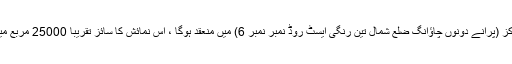
بیجنگ ہیلتھ اینڈ کاسمیٹک ایکسپو چین کے بین الاقوامی نمائش مرکز (پرانے دونوں چاؤانگ ضلع شمال تین رنگی ایسٹ روڈ نمبر نمبر 6) میں منعقد ہوگا ، اس نمائش کا سائز تقریبا 25000 مربع میٹر ، بڑے چار پویلین کے لئے ایک مثالی پلیٹ فارم مہیا کرتا ہے۔